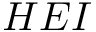
H E I